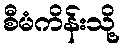
စီမံကိန်းသို့